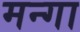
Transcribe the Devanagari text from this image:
मन्गा